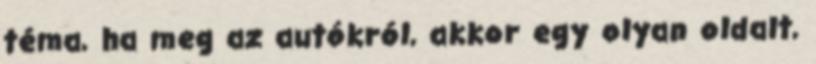
téma, ha meg az autókról, akkor egy olyan oldalt,